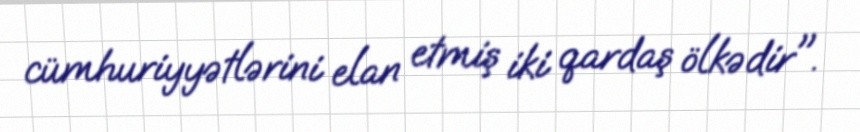
cümhuriyyətlərini elan etmiş iki qardaş ölkədir".